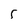
Character: 5